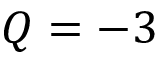
Q = - 3